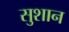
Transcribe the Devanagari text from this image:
सुशान